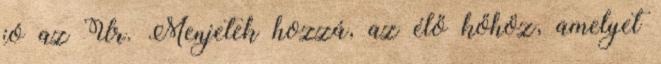
jó az Úr. Menjetek hozzá, az élő kőhöz, amelyet